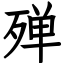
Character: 殚